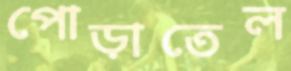
পোড়াতেল